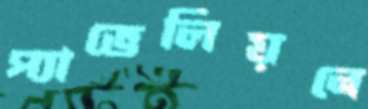
প্যাভেলিয়নে